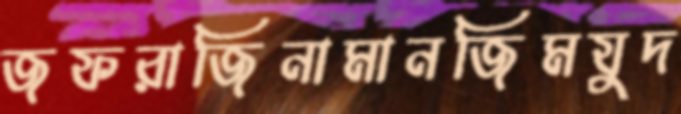
জফরাজিনামানজিমযুদ